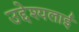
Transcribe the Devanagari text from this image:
उद्देश्यलाई